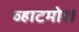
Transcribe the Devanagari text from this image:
व्हाटमोर।